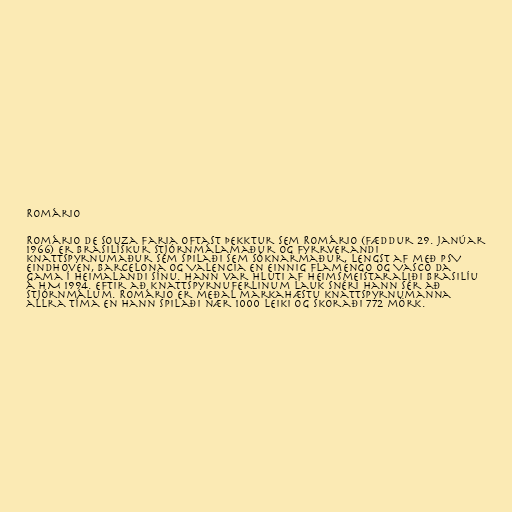
Romário

Romário de Souza Faria oftast þekktur sem Romário (fæddur 29. janúar
1966) er brasilískur stjórnmálamaður og fyrrverandi
knattspyrnumaður sem spilaði sem sóknarmaður, lengst af með PSV
Eindhoven, Barcelona og Valencia en einnig Flamengo og Vasco da
Gama í heimalandi sínu. Hann var hluti af heimsmeistaraliði Brasilíu
á HM 1994. Eftir að knattspyrnuferlinum lauk snéri hann sér að
stjórnmálum. Romário er meðal markahæstu knattspyrnumanna
allra tíma en hann spilaði nær 1000 leiki og skoraði 772 mörk.